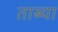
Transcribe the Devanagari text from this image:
ताब्या